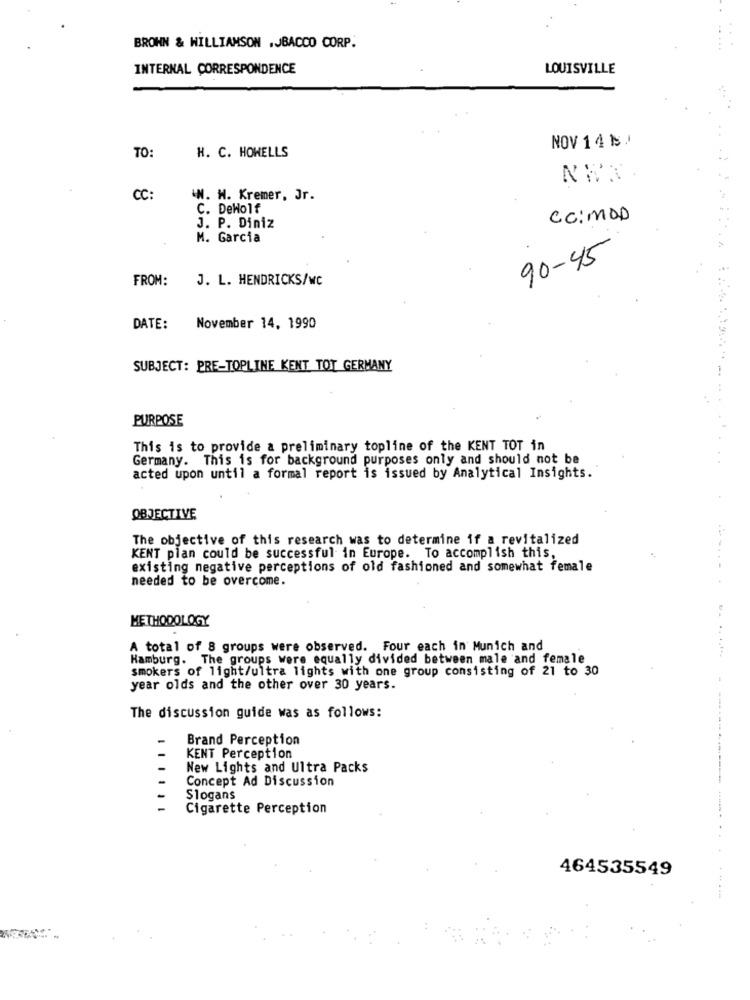
BROWN & WILLIAMSON .JBACCO CORP.
INTERNAL CORRESPONDENCE
LOUISVILLE
TO:
NOV 14 1 .
H. C. HOWELLS
CC:
.N. W. Kremer, Jr.
C. Deholf
CC:MOD
J. P. Diniz
M. Garcia
90-45
FROM:
J. L. HENDRICKS/WC
DATE:
November 14, 1990
SUBJECT: PRE-TOPLINE KENT TOT GERMANY
PURPOSE
This is to provide a preliminary topline of the KENT TOT in
Germany. This is for background purposes only and should not be
acted upon until a formal report is issued by Analytical Insights.
OBJECTIVE
The objective of this research was to determine if a revitalized
KENT plan could be successful in Europe. To accomplish this,
existing negative perceptions of old fashioned and somewhat female
needed to be overcome.
METHODOLOGY
A total of 8 groups were observed. Four each in Munich and
Hamburg. The groups were equally divided between male and female
smokers of light/ultra lights with one group consisting of 21 to 30
year olds and the other over 30 years.
The discussion guide was as follows:
Brand Perception
KENT Perception
New Lights and Ultra Packs
Concept Ad Discussion
Slogans
Cigarette Perception
464535549